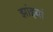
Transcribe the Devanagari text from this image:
झांइयां